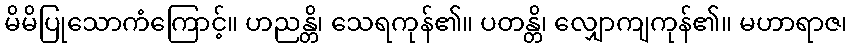
မိမိပြုသောကံကြောင့်။ ဟညန္တိ၊ သေရကုန်၏။ ပတန္တိ၊ လျှောကျကုန်၏။ မဟာရာဇ၊